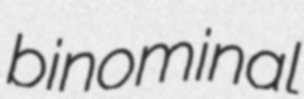
binominal